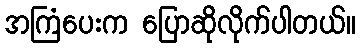
အကြံပေးက ပြောဆိုလိုက်ပါတယ်။